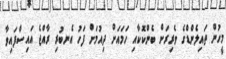
މީހުން ތައިލެންޑްގެ ވެރިރަށް ބެންކޮކާއި ހަމައަށް ދިއުމަށް ފަހު އެނބުރި ރާއްޖެ އައިސްފައިވާ